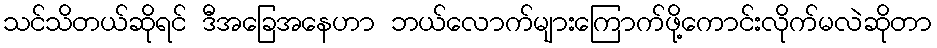
သင်သိတယ်ဆိုရင် ဒီအခြေအနေဟာ ဘယ်လောက်များကြောက်ဖို့ကောင်းလိုက်မလဲဆိုတာ